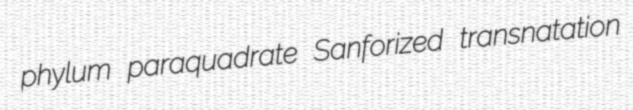
phylum paraquadrate Sanforized transnatation